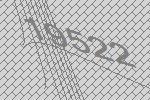
19522